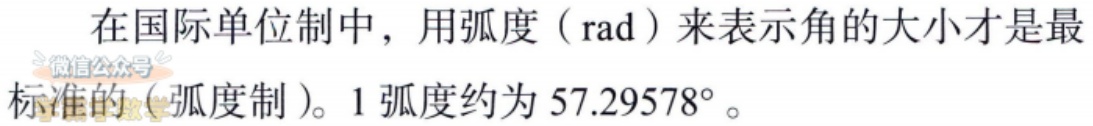
在国际单位制中，用弧度（rad）来表示角的大小才是最标准的（弧度制）。1弧度约为 \(57.29578^{\circ}\)。